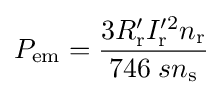
P_{\text{em}}={\frac {3R_{\text{r}}'I_{\text{r}}^{\prime 2}n_{\text{r}}}{746\;sn_{\text{s}}}}